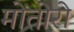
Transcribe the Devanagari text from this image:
मोंतोरो